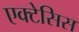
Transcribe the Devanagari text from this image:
एक्टेसिस